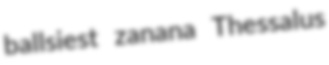
ballsiest zanana Thessalus